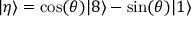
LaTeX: | \eta \rangle = \cos ( \theta ) | 8 \rangle - \sin ( \theta ) | 1 \rangle